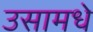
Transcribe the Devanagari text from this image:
उसामधे